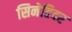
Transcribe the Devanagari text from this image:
सिनेहिदर